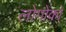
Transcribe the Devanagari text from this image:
लोगोको